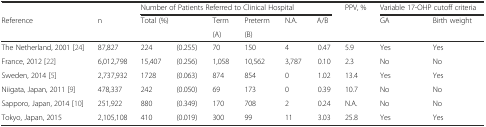
<table><thead><tr><td></td><td></td><td colspan="6"><b>Number of Patients Referred to Clinical Hospital</b></td><td rowspan="3"><b>PPV, %</b></td><td colspan="2"><b>Variable 17-OHP cutoff criteria</b></td></tr><tr><td rowspan="2"><b>Reference</b></td><td rowspan="2"><b>n</b></td><td rowspan="2" colspan="2"><b>Total (%)</b></td><td><b>Term</b></td><td><b>Preterm</b></td><td rowspan="2"><b>N.A.</b></td><td rowspan="2"><b>A/B</b></td><td rowspan="2"><b>GA</b></td><td rowspan="2"><b>Birth weight</b></td></tr><tr><td><b>(A)</b></td><td><b>(B)</b></td></tr></thead><tbody><tr><td>The Netherland, 2001 [24]</td><td>87,827</td><td>224</td><td>(0.255)</td><td>70</td><td>150</td><td>4</td><td>0.47</td><td>5.9</td><td>Yes</td><td>Yes</td></tr><tr><td>France, 2012 [22]</td><td>6,012,798</td><td>15,407</td><td>(0.256)</td><td>1,058</td><td>10,562</td><td>3,787</td><td>0.10</td><td>2.3</td><td>No</td><td>No</td></tr><tr><td>Sweden, 2014 [5]</td><td>2,737,932</td><td>1728</td><td>(0.063)</td><td>874</td><td>854</td><td>0</td><td>1.02</td><td>13.4</td><td>Yes</td><td>Yes</td></tr><tr><td>Niigata, Japan, 2011 [9]</td><td>478,337</td><td>242</td><td>(0.050)</td><td>69</td><td>173</td><td>0</td><td>0.39</td><td>10.7</td><td>No</td><td>No</td></tr><tr><td>Sapporo, Japan, 2014 [10]</td><td>251,922</td><td>880</td><td>(0.349)</td><td>170</td><td>708</td><td>2</td><td>0.24</td><td>N.A.</td><td>No</td><td>No</td></tr><tr><td>Tokyo, Japan, 2015</td><td>2,105,108</td><td>410</td><td>(0.019)</td><td>300</td><td>99</td><td>11</td><td>3.03</td><td>25.8</td><td>Yes</td><td>Yes</td></tr></tbody></table>